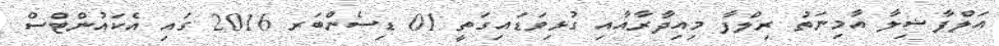
އަލްފާޟިލާ އާމިނަތު ރިލްފާ މިއިދާރާއާއި ގުޅިވަޑައިގަތީ 01 ޑިސެންބަރ 2016 ގައި އެކައުންޓްސް